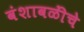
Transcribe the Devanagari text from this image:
वंशावळींचे